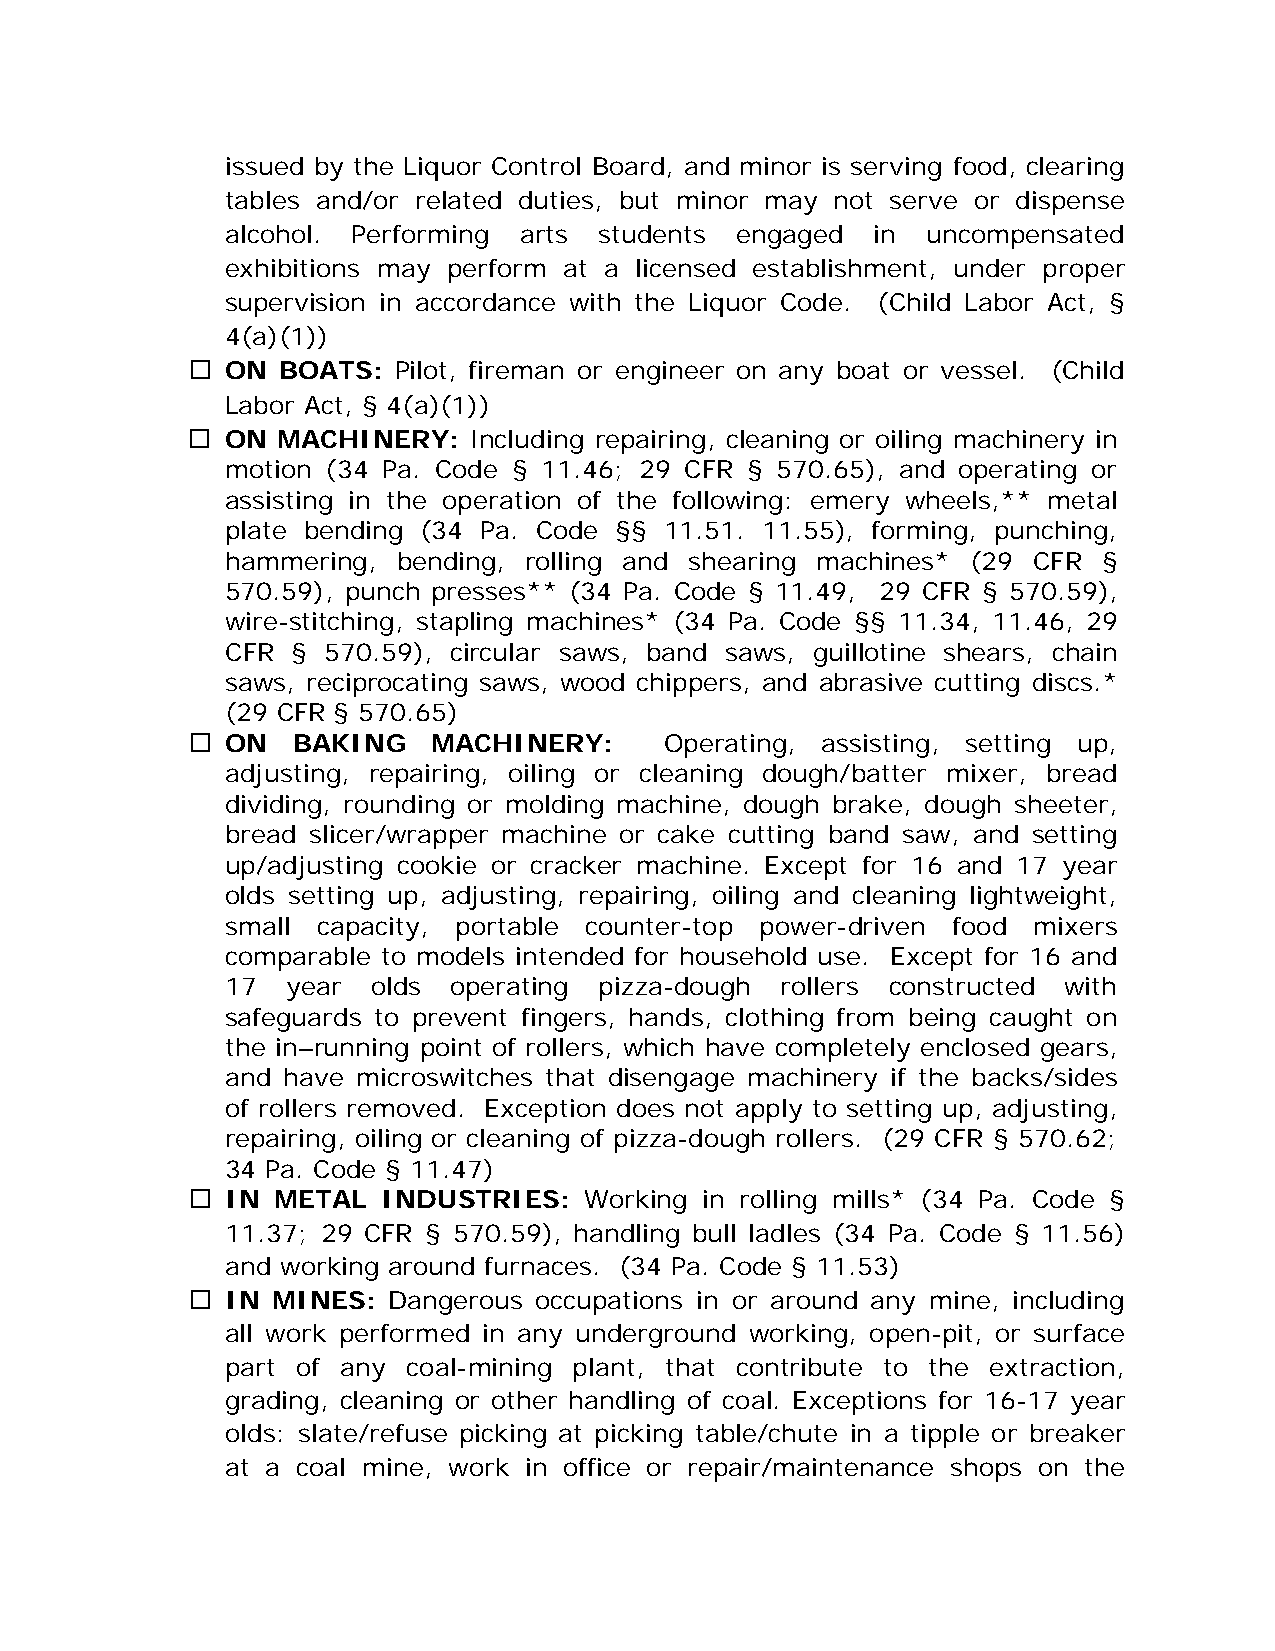
issued by the Liquor Control Board, and minor is serving food, clearing
 tables and/or related duties, but minor may not serve or dispense
 alcohol. Performing arts students engaged  in uncompensated
 exhibitions may perform at a licensed establishment, under proper
 supervision in accordance with the Liquor Code. (Child Labor Act, §
 4(a)(1))
   ON BOATS:  Pilot, fireman or engineer on any boat or vessel. (Child
 Labor Act, § 4(a)(1))
   ON MACHINERY:   Including repairing, cleaning or oiling machinery in
 motion (34 Pa. Code § 11.46; 29 CFR § 570.65), and operating or
 assisting in the operation of the following: emery wheels,** metal
 plate bending (34 Pa. Code §§ 11.51. 11.55), forming, punching,
 hammering, bending, rolling and shearing machines* (29 CFR §
 570.59), punch presses** (34 Pa. Code § 11.49, 29 CFR § 570.59),
 wire-stitching, stapling machines* (34 Pa. Code §§ 11.34, 11.46, 29
 CFR § 570.59), circular saws, band saws, guillotine shears, chain
 saws, reciprocating saws, wood chippers, and abrasive cutting discs.*
 (29 CFR § 570.65)
   ON  BAKING    MACHINERY:     Operating, assisting, setting up,
 adjusting, repairing, oiling or cleaning dough/batter mixer, bread
 dividing, rounding or molding machine, dough brake, dough sheeter,
 bread slicer/wrapper machine or cake cutting band saw, and setting
 up/adjusting cookie or cracker machine. Except for 16 and 17 year
 olds setting up, adjusting, repairing, oiling and cleaning lightweight,
 small capacity, portable counter-top power-driven food mixers
 comparable to models intended for household use. Except for 16 and
 17  year  olds operating pizza-dough rollers constructed with
 safeguards to prevent fingers, hands, clothing from being caught on
 the in–running point of rollers, which have completely enclosed gears,
 and have microswitches that disengage machinery if the backs/sides
 of rollers removed. Exception does not apply to setting up, adjusting,
 repairing, oiling or cleaning of pizza-dough rollers. (29 CFR § 570.62;
 34 Pa. Code § 11.47)
   IN METAL  INDUSTRIES:   Working in rolling mills* (34 Pa. Code §
 11.37; 29 CFR § 570.59), handling bull ladles (34 Pa. Code § 11.56)
 and working around furnaces. (34 Pa. Code § 11.53)
   IN MINES:  Dangerous occupations in or around any mine, including
 all work performed in any underground working, open-pit, or surface
 part of any coal-mining plant, that contribute to the extraction,
 grading, cleaning or other handling of coal. Exceptions for 16-17 year
 olds: slate/refuse picking at picking table/chute in a tipple or breaker
 at a coal mine, work in office or repair/maintenance shops on the